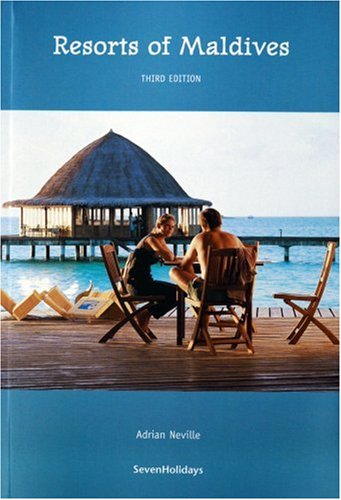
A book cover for Resorts of Maldives (Guidebook Format); Adrian Neville; Travel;